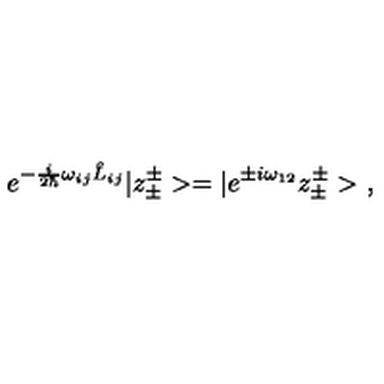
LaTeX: e ^ { - \frac { i } { 2 \hbar } \omega _ { i j } \hat { L } _ { i j } } | z _ { \pm } ^ { \pm } > = | e ^ { \pm i \omega _ { 1 2 } } z _ { \pm } ^ { \pm } > \ ,